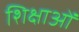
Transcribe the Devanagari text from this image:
शिक्षाआें